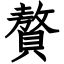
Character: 贅